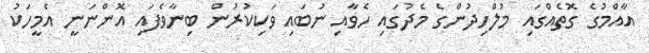
އާއްމުގެ ގޮތެއްގައި މުލްހިދުންގެ މެދުގައި ހެވާއި ނުބައި ވަކިކުރުން ބިނާވެފައި އޮންނަނީ އެމީހަކު